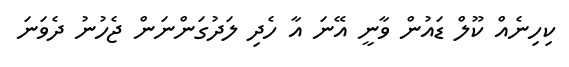
ކިހިނެއް ކޫލް ޑައުން ވާނީ އޭނަ އާ ހެދި ލަދުގަންނަން ޖެހުނު ދެވަނަ